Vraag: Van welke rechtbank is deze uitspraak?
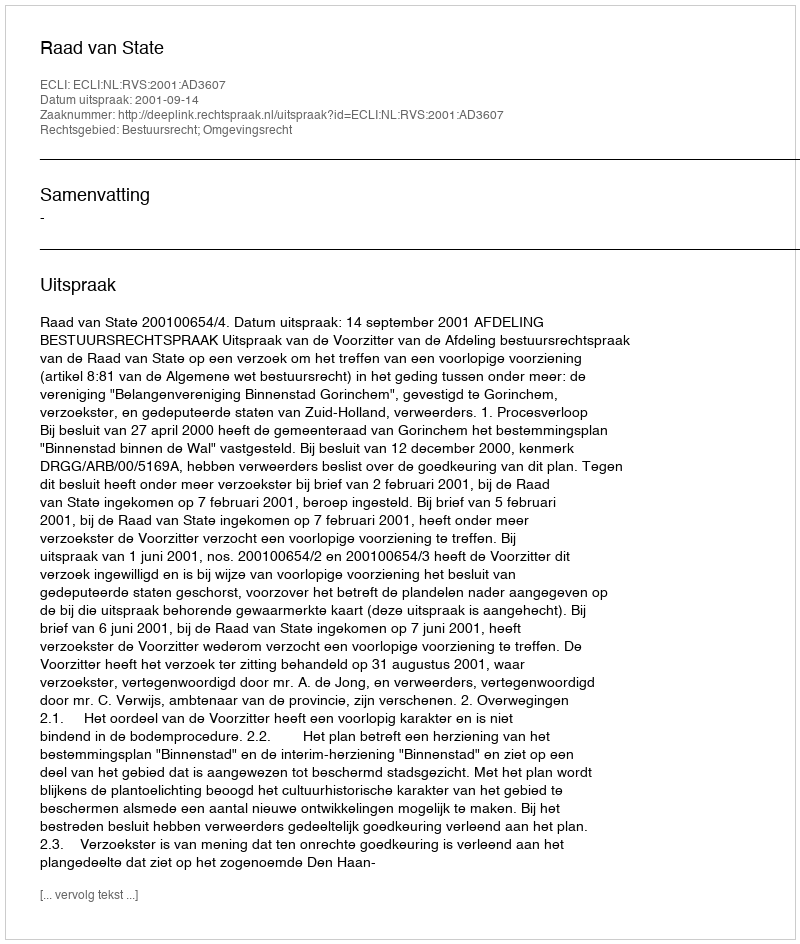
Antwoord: Raad van State